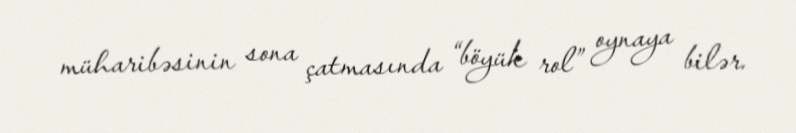
müharibəsinin sona çatmasında “böyük rol” oynaya bilər.